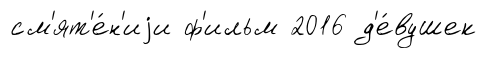
см'ят'е́н'иjи ф'ильм 2016 д'е́вушек